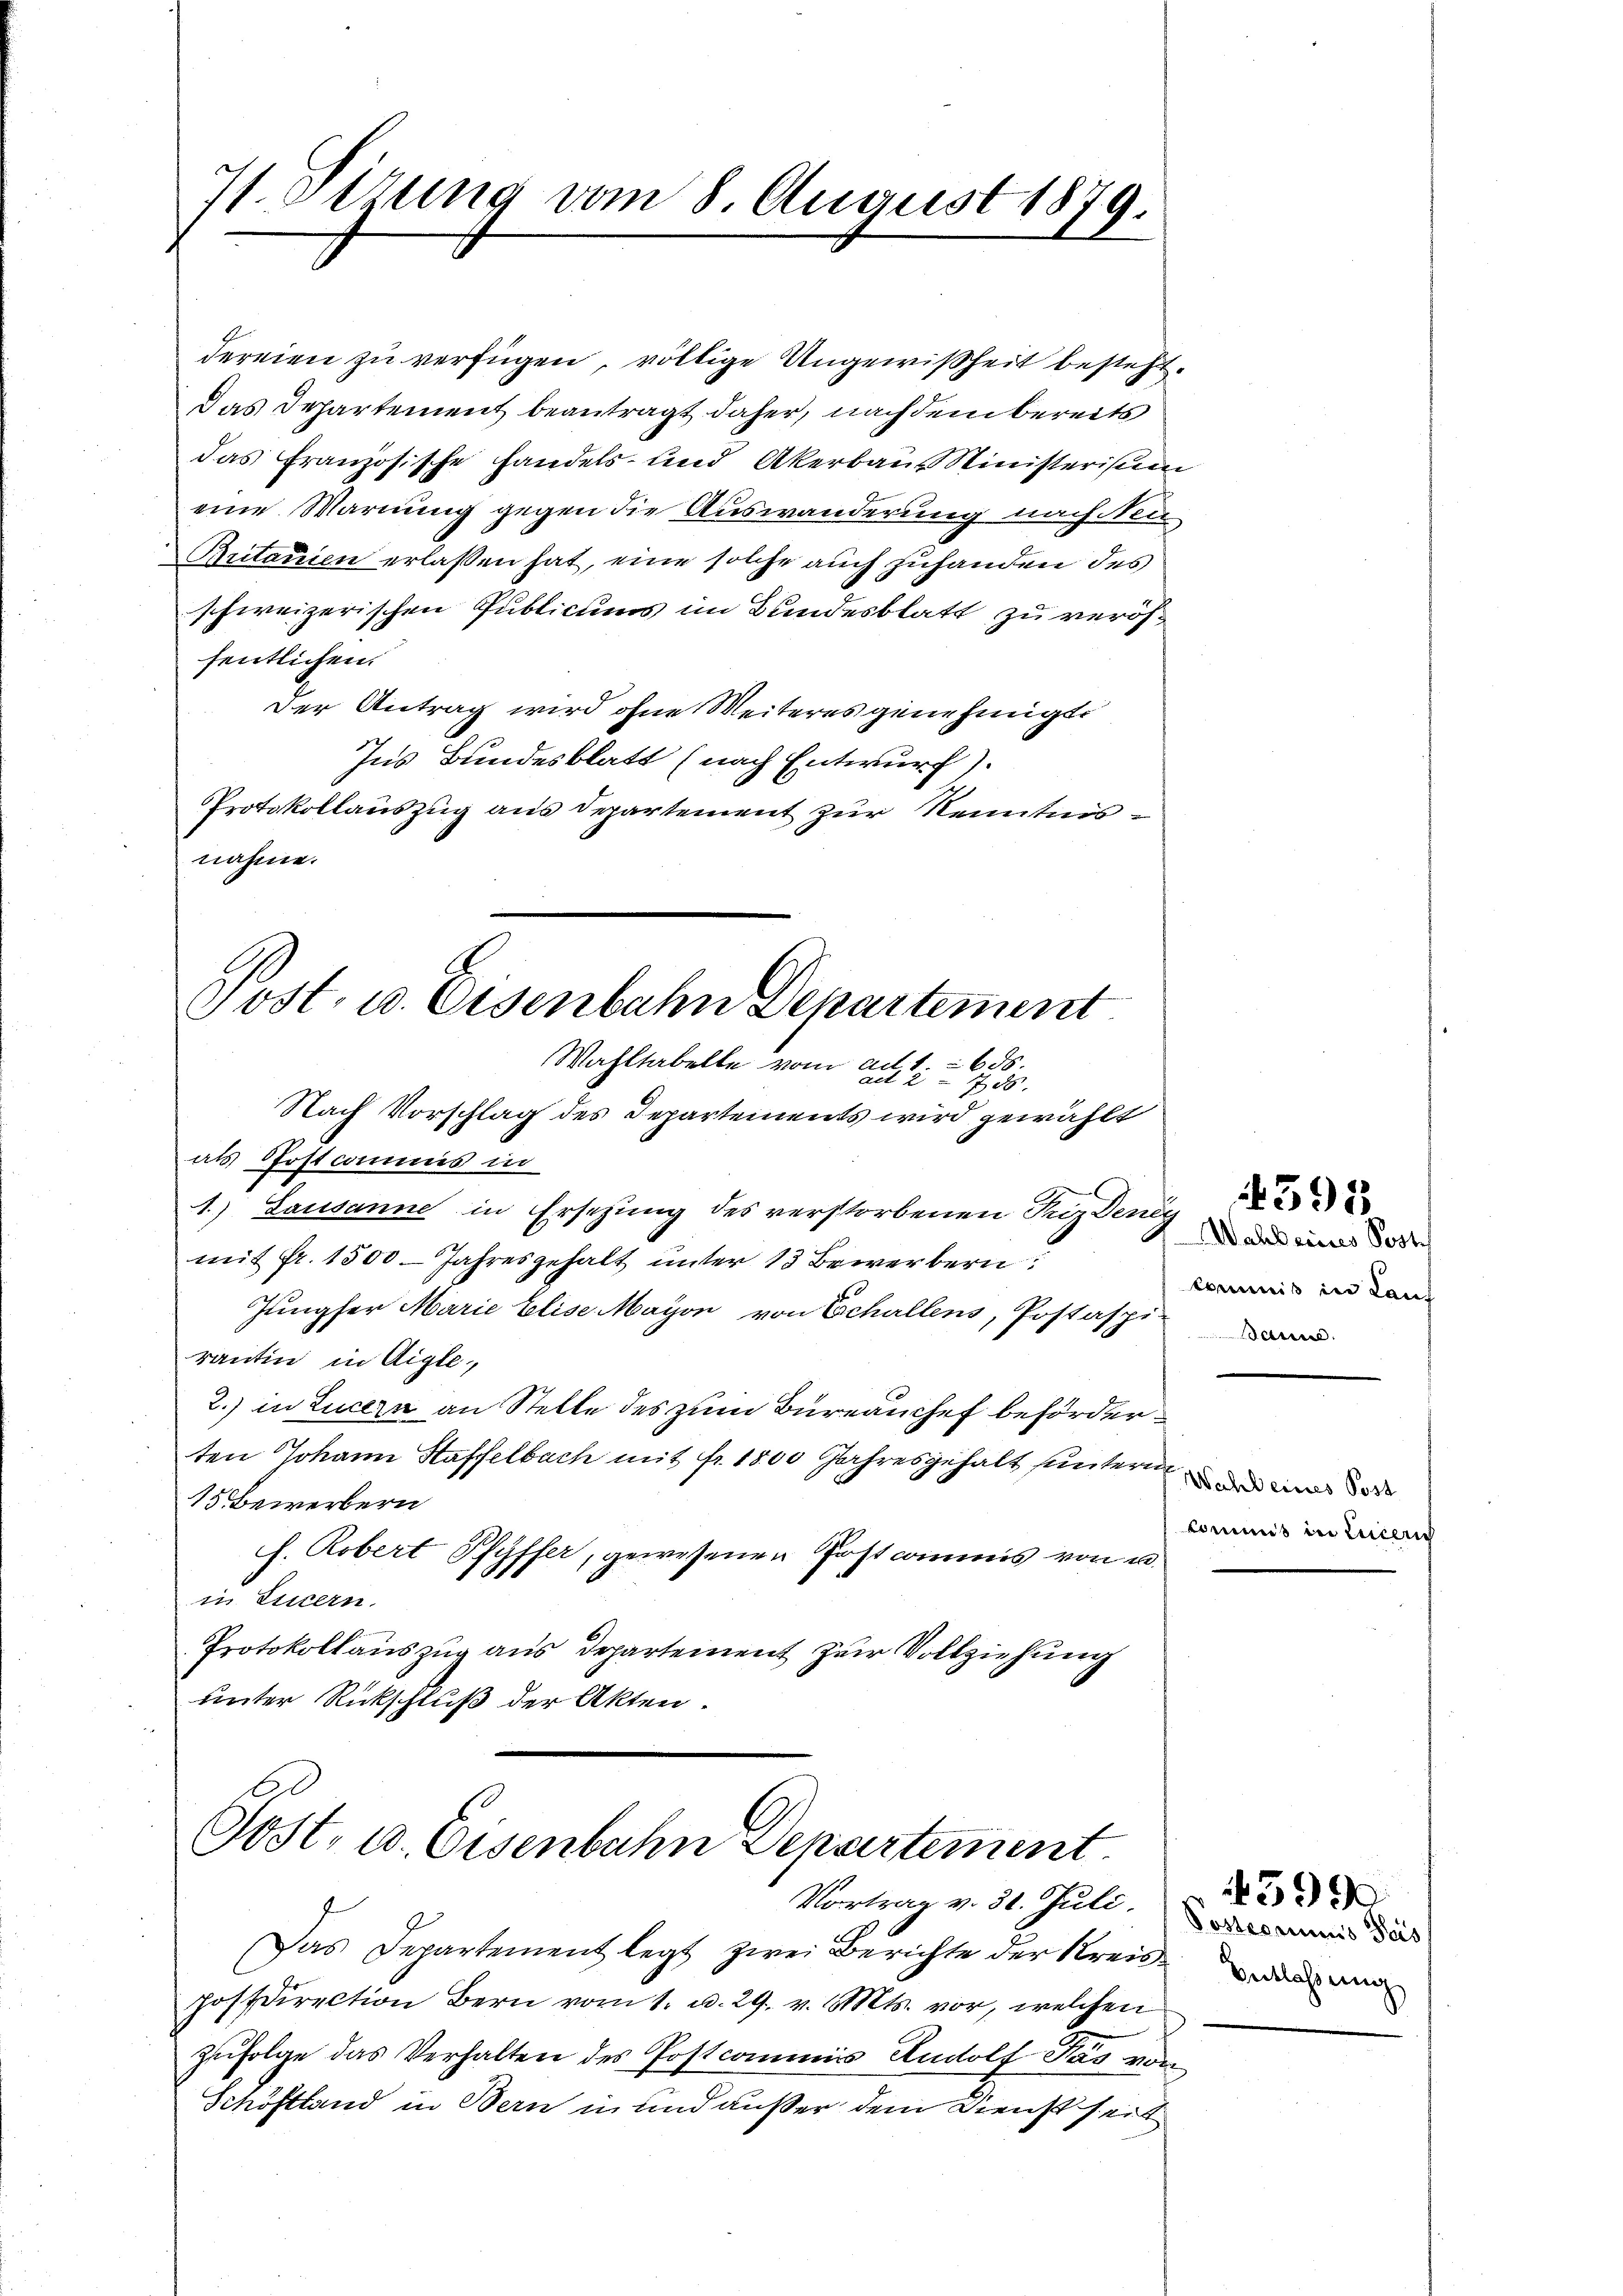
7. Ottung vom 8. August 1879.

Post. u. Eisenbahn Departement
Wahltabelle vom ad 1. 656.

dereien zu verfügen, völlige Ungewißheit besteht.
das Departement beantragt daher, nachdem bereits
das Französische Handels- und Akerbaus Ministerium
eine Warnung gegen die Auswanderung nach den¬
Butarien erlaßen hat, eine solche auch zuhanden des
schweizerischen Publicums im Bundesblatt zu veröffentlichen.
Der Antrag wird ohne Weiteres genehmigt.
Ins Bundesblatt (nach Entwurf).
Protokollauszug aus Departement zur Kenntnisnahme.
act 2 - 755. |
Nach Vorschlag des Departements wird gewählt
als Postcommis in
1.) Lausanne in Ersezung des verstorbenen Tridenge
mit fr. 1300. Jahresgehalt unter 13 Bewerbern
Jungfer Marie Elise Mayon von Echallens, Postaspin
rantin in Aigle,
2.) in Luzern an Stelle des zum Bureauchef beförderten Johann Staffelbach mit fr. 1800 Jahresgehalt untern und
15 Bewerbern
h. Robert Pfyffer, gewesenen Postcommis von u.
in Luzern.
Protokollauszug aus Departement zur Vollziehung
unter Rückschluß der Akten.

Jost, u. Eisenbahn Departement
Vortrag v. 31. Jull. Sodannis das

Das Departement legt zwei Berichte der Kreise war
Hoffdirection Bern vom 1. d. 29. v. Mts. vor, welchen
zŭfolge das Verhalten des Postcommis Rudolf Pás von
Schöstland in Bern in und außer dem Dienst seit

Commis in Lauf

commis in Lucer

4399

4395